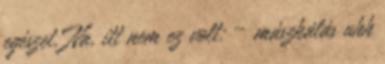
egészet. Na, itt nem ez volt: – mászkálás uhh